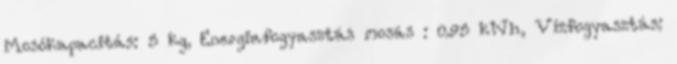
Mosókapacitás: 5 kg, Energiafogyasztás mosás : 0.95 kWh, Vízfogyasztás: